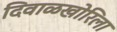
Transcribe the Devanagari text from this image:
दिवाळखोरिला